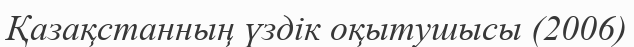
Қазақстанның үздік оқытушысы (2006)